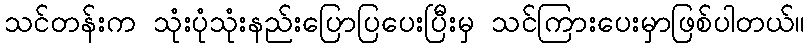
သင်တန်းက သုံးပုံသုံးနည်းပြောပြပေးပြီးမှ သင်ကြားပေးမှာဖြစ်ပါတယ်။